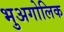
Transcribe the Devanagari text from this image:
भुअगोलिक